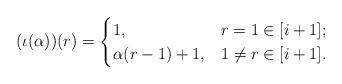
LaTeX: \begin{align*} (\iota (\alpha)) (r) = \begin{cases}1, & r = 1 \in [i+1];\\\alpha(r-1) + 1, & 1 \neq r \in [i+1].\end{cases}\end{align*}